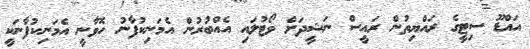
އައްޑޫ ސިޓީގެ ރައްޔިތުން ރައީސް ނަޝީދަށް ވޯޓުލައި އެއްބުރުން އެމަނިކުފާނު ހޮވާނީ އެމަނިކުފާނަކީ